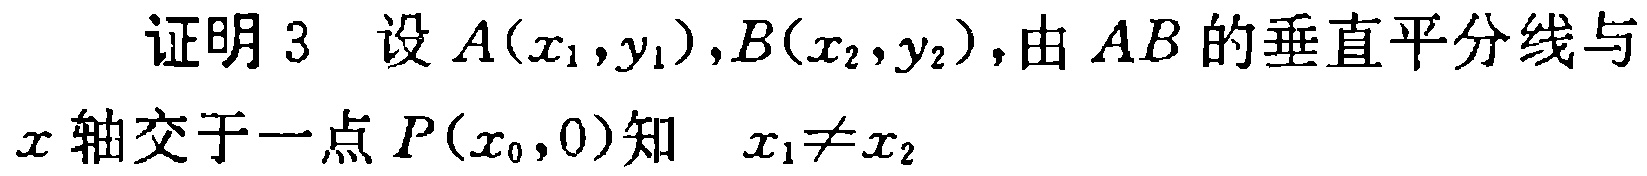
证明3 设$A(x_1,y_1),B(x_2,y_2)$，由$AB$的垂直平分线与$x$轴交于一点$P(x_0,0)$知 $x_1\neq x_2$